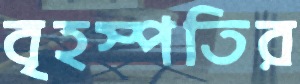
বৃহস্পতির